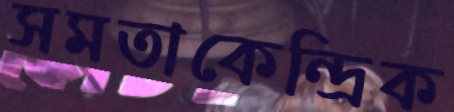
সমতাকেন্দ্রিক